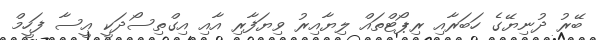
ބޭރު ދުނިޔޭގެ ހަބަރާއި ރިޕޯޓްތައް ލިޔާއިރު ވިޔަފާރި އާއި އިގްތިސޯދަކީ އީސާ ފަހީމް